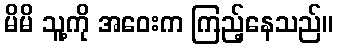
မိမိ သူ့ကို အဝေးက ကြည့်နေသည်။